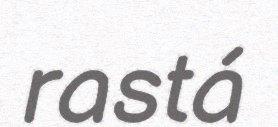
rastá